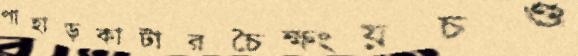
পাহাড়কাটারচৈক্ষংয়চণ্ড